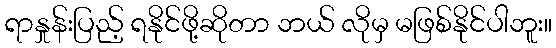
ရာနှုန်းပြည့် ရနိုင်ဖို့ဆိုတာ ဘယ် လိုမှ မဖြစ်နိုင်ပါဘူး။